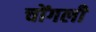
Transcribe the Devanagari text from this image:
चोंगली